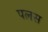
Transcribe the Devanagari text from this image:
पलस